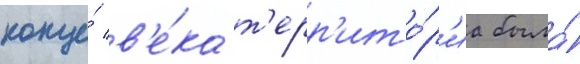
конце́ в'е́ка т'ерр'ито́р'иа была́